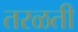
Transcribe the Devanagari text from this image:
तरळती